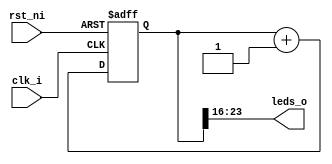
module leds (
	input 		 clk_i,
	input 		 rst_ni,
	output [7:0] leds_o
);

	reg 	 [31:0]counter_w;
	
	always @ (posedge clk_i, negedge rst_ni)
	begin
		if (!rst_ni)
			begin
				counter_w <= 32'b0;
			end
		else
			begin
				counter_w <= counter_w + 1'b1;
			end	
	end
	
	assign leds_o = counter_w[23:16];

endmodule